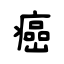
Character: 癌